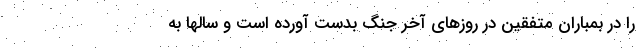
را در بمباران متفقین در روزهای آخر جنگ بدست آورده است و سالها به